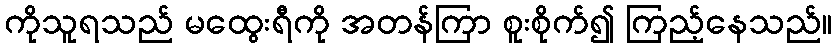
ကိုသူရသည် မထွေးရီကို အတန်ကြာ စူးစိုက်၍ ကြည့်နေသည်။